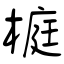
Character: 榳